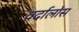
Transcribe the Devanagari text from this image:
वर्दालोस